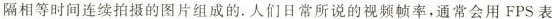
隔相等时间连续拍摄的图片组成的。人们日常所说的视频帧率，通常会用FPS表